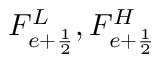
F _ { e + \frac { 1 } { 2 } } ^ { L } , F _ { e + \frac { 1 } { 2 } } ^ { H }